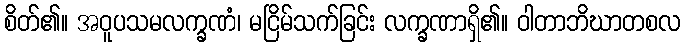
စိတ်၏။ အဝူပသမလက္ခဏံ၊ မငြိမ်သက်ခြင်း လက္ခဏာရှိ၏။ ဝါတာဘိဃာတစလ